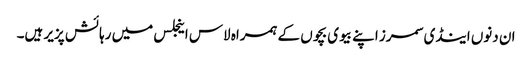
ان دنوں اینڈی سمرز اپنے بیوی بچوں کے ہمراہ لاس اینجلس میں رہائش پزیر ہیں۔